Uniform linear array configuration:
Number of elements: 16
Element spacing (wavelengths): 0.75
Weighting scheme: uniform
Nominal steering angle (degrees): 45
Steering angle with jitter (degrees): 44.996
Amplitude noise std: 0.05
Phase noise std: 0.05

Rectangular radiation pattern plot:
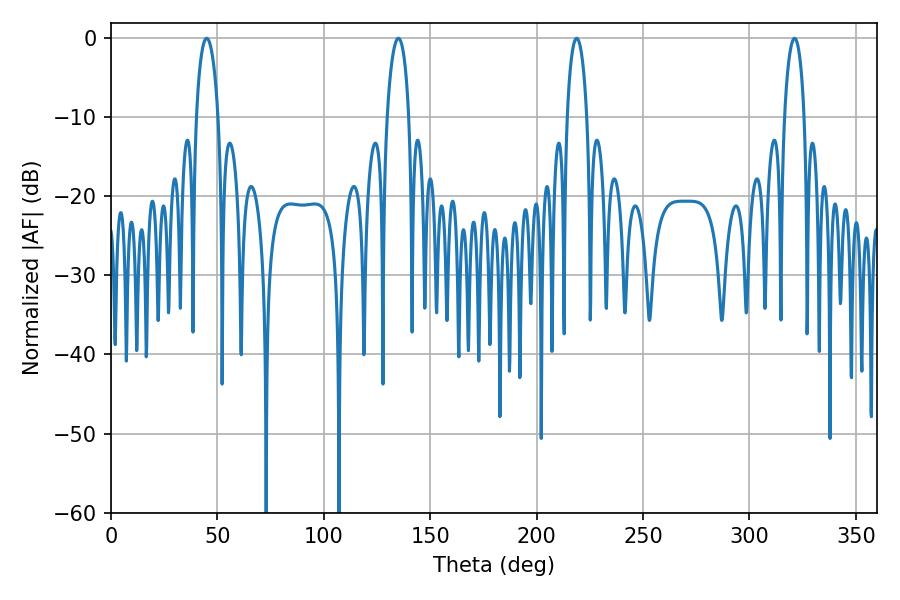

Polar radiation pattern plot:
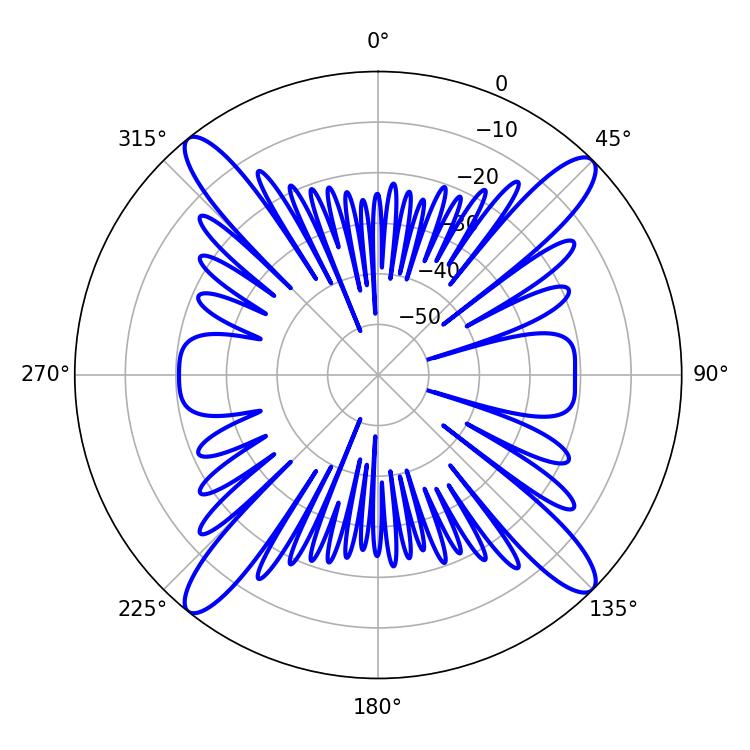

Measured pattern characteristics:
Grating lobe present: TRUE
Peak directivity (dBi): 18.098
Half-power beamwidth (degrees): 5.76
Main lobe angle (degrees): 45